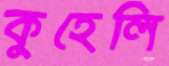
কুহেলি